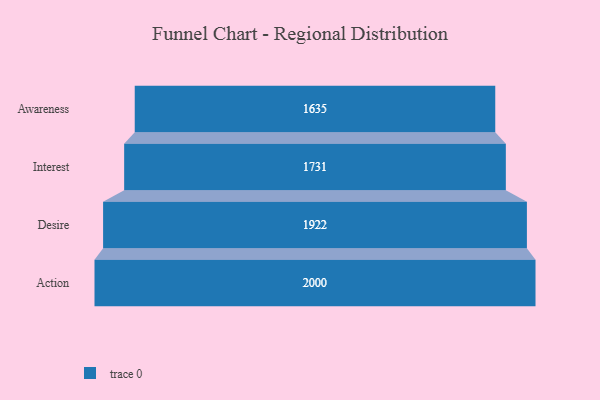
{"axis": {"x": "Stage", "y": "Value"}, "legend": [""], "data": [{"x": "Awareness", "y": 1635.0, "type": ""}, {"x": "Interest", "y": 1731.0, "type": ""}, {"x": "Desire", "y": 1922.0, "type": ""}, {"x": "Action", "y": 2000, "type": ""}]}